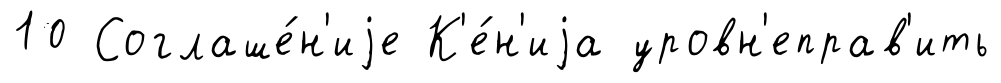
10 Соглаше́н'иjе К'е́н'иjа уровн'еправ'ить